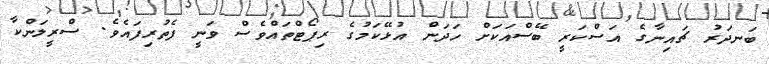
ބަނދަރު ޗައިނާގެ އަސްކަރީ ބޭސްއަކަށް ހަދަން އުޅޭކަމުގެ ރިޕޯޓްތައްވެސް ވަނީ ފެތުރިފައެވެ. ސްރީލަންކާ